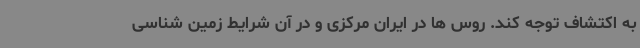
به اکتشاف توجه کند. روس ها در ایران مرکزی و در آن شرایط زمین شناسی